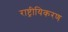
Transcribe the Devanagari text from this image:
राष्ट्रीयिकरण